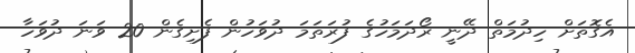
އެގޮތަށް ހިދުމަތް ދޭނީ ރޯދަމަހުގެ ފުރަތަމަ ދުވަހުން ފެށިގެން 20 ވަނަ ދުވަހާ